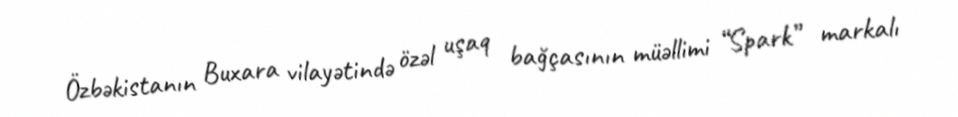
Özbəkistanın Buxara vilayətində özəl uşaq bağçasının müəllimi “Spark” markalı